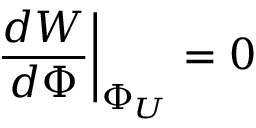
{ \frac { d W } { d \Phi } } \bigg | _ { \Phi _ { U } } = 0